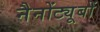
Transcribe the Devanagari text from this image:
नैनोंट्यूबों